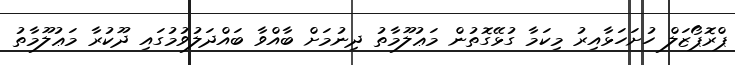
ޕްރޮޕޯޒަލް ހުށަހަޅާއިރު މިކަމާ ގުޅޭގޮތުން މަޢުލޫމާތު ދިނުމަށް ބާއްވާ ބައްދަލުވުމުގައި ދޫކުރާ މަޢުލޫމާތު